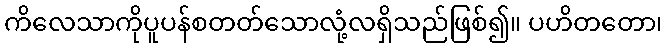
ကိလေသာကိုပူပန်စတတ်သောလုံ့လရှိသည်ဖြစ်၍။ ပဟိတတော၊